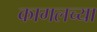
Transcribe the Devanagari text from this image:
कागलच्या